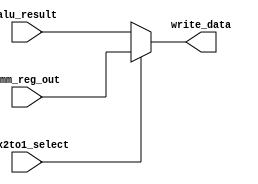
module writeback_select_mux(write_data, imm_reg_out, alu_result, mux2to1_select);

  parameter DataSize = 32;

  output [DataSize-1:0] write_data;
  input [DataSize-1:0] imm_reg_out;
  input [DataSize-1:0] alu_result;
  input mux2to1_select;

  assign write_data = (mux2to1_select) ? imm_reg_out : alu_result;

endmodule